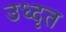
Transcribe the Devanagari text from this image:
उध्दृत